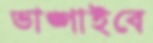
ভাঙ্গাইবে